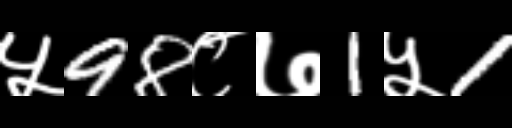
Text: ५98८७1५1